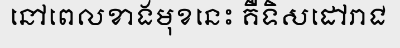
នៅពេលខាងមុខនេះ គឺទិសដៅរាជ